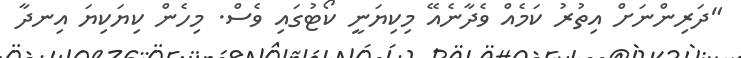
"ދަރިންނަށް އިތުރު ކަމެއް ވެދާނެއޭ މިކިޔަނީ ކޯޓުގައި ވެސް. މިހެން ކިޔަކިޔަ އިނދާ